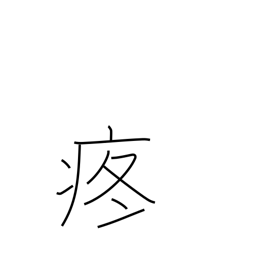
Meaning: pain